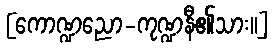
[ကောဏ္ဍညော-ကုဏ္ဍနီ၏သား။]